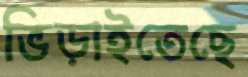
ভিড়াইতেছে